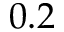
0 . 2